Causation and prevention of malarial fevers: a statement of the results of researches drawn up for the use of assistant surgeons, hospital assistants and students
Disease focus: Malaria
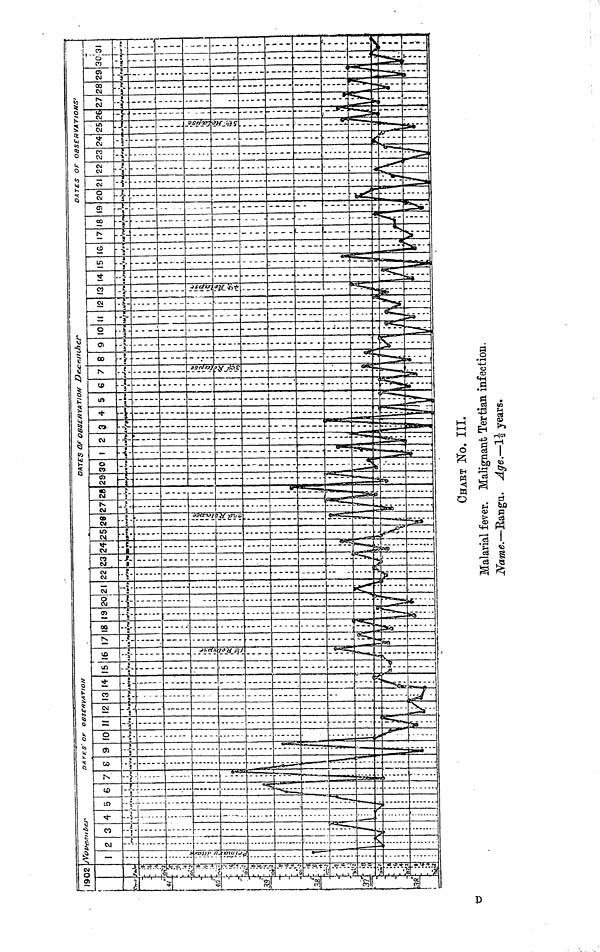
CHART NO. III.
Malarial fever. Malignant Tertian infection.
Name.—Rangu. Age,—1½ years.